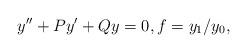
LaTeX: \begin{align*}y^{\prime\prime}+Py'+Qy=0,f=y_1/y_0,\end{align*}